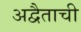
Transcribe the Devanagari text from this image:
अद्वैताची